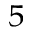
^ 5